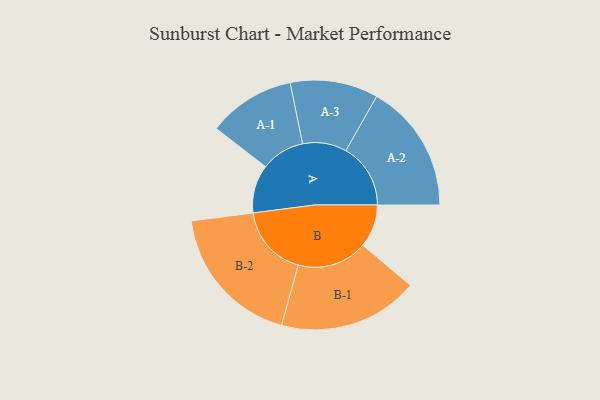
{"axis": {"x": "Segment", "y": "Value"}, "legend": ["", "A", "B"], "data": [{"x": "A", "y": 135, "type": ""}, {"x": "B", "y": 120, "type": ""}, {"x": "A-1", "y": 122, "type": "A"}, {"x": "A-2", "y": 181, "type": "A"}, {"x": "A-3", "y": 123, "type": "A"}, {"x": "B-1", "y": 196, "type": "B"}, {"x": "B-2", "y": 201, "type": "B"}]}